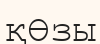
қӨзы